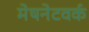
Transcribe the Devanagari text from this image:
मेषनेटवर्क